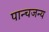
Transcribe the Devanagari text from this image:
पान्चजन्य